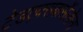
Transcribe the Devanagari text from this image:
टेडएक्सबार्सेलोना